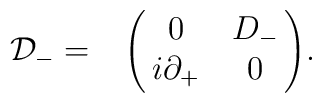
{\cal D}_{-} = \bordermatrix{     & {\ } & {\ }  \cr                             {\ } & 0 & D_{-} \cr                             {\ } & i\partial_{+} & 0 \cr}.